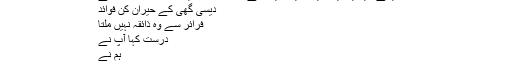
اگر ایسے ریفریجریٹر میں ذخیرہ کیا جائے تو سالوں تک یہ قابل استعمال رہتا ہے
دیسی گھی کے حیران کن فوائد
فرائر سے وہ ذائقہ نہیں ملتا
درست کہا آپ نے
ہم نے
فہد اشرف, ‏دسمبر 16, 2017